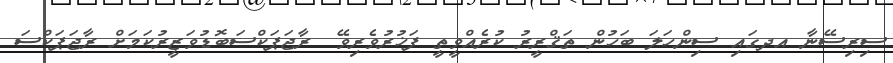
ސިރިސޭނާ އދގައި ސިންހަލަ ބަހުން ތަޤްރީރު ކުރެއްވީތީ ފަޚުރުވެރިވޭ  ރާޖަޕަކްސަބޮޑުވަޒީރުކަމަށް ރާޖަޕަކްސަ